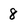
Character: 8